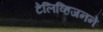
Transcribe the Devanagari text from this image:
टेलिव्हिजनने